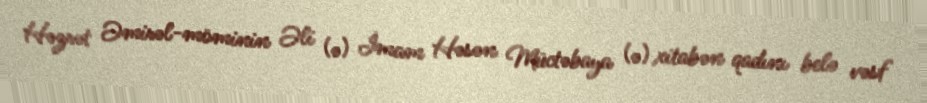
Həzrət Əmirəl-möminin Əli (ə) İmam Həsən Müctəbaya (ə) xitabən qadını belə vəsf